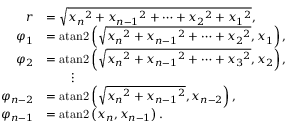
{ \begin{array} { r l } { r } & { = { \textstyle { \sqrt { { x _ { n } } ^ { 2 } + { x _ { n - 1 } } ^ { 2 } + \cdots + { x _ { 2 } } ^ { 2 } + { x _ { 1 } } ^ { 2 } } } } , } \\ { \varphi _ { 1 } } & { = \operatorname { a t a n 2 } \left( { \textstyle { \sqrt { { x _ { n } } ^ { 2 } + { x _ { n - 1 } } ^ { 2 } + \cdots + { x _ { 2 } } ^ { 2 } } } } , x _ { 1 } \right) , } \\ { \varphi _ { 2 } } & { = \operatorname { a t a n 2 } \left( { \textstyle { \sqrt { { x _ { n } } ^ { 2 } + { x _ { n - 1 } } ^ { 2 } + \cdots + { x _ { 3 } } ^ { 2 } } } } , x _ { 2 } \right) , } \\ & { \qquad \vdots } \\ { \varphi _ { n - 2 } } & { = \operatorname { a t a n 2 } \left( { \textstyle { \sqrt { { x _ { n } } ^ { 2 } + { x _ { n - 1 } } ^ { 2 } } } } , x _ { n - 2 } \right) , } \\ { \varphi _ { n - 1 } } & { = \operatorname { a t a n 2 } \left( x _ { n } , x _ { n - 1 } \right) . } \end{array} }